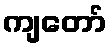
ကျတော်